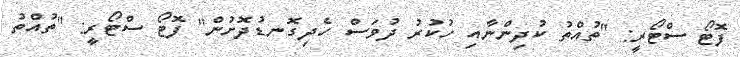
ފޮޓޯ ސްޓޯރީ: "ތުއްތު ކުދިންނާއި ހުކުރު ދުވަސް ހެދިގޮނޑުދޮށުން" ފޮޓޯ ސްޓޯރީ: "ތުއްތު